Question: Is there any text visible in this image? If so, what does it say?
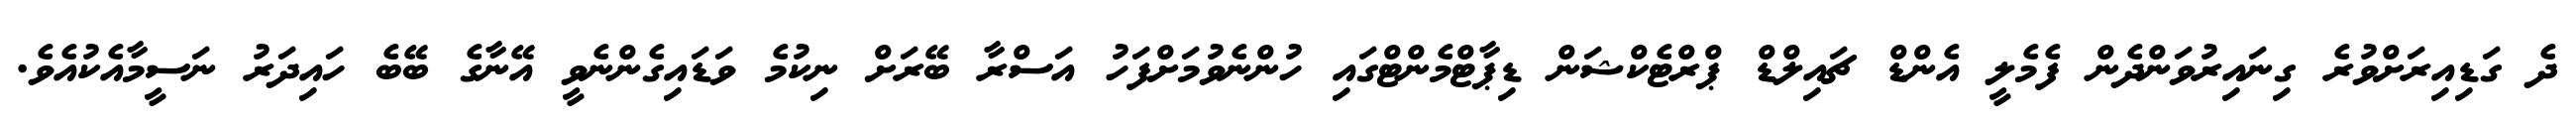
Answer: ދެ ގަޑިއިރަށްވުރެ ގިނައިރުވަންދެން ފެމެލީ އެންޑް ޗައިލްޑް ޕްރްޓެކްޝަން ޑިޕާޓްމެންޓްގައި ހުންނެވުމަށްފަހު އަސްރާ ބޭރަށް ނިކުމެ ވަޑައިގެންނެވީ އޭނާގެ ބޭބެ ހައިދަރު ނަސީމާއެކުއެވެ.